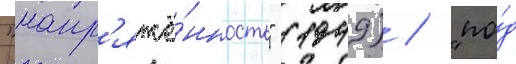
"напр'яжё́нность" (1949) / "по́д